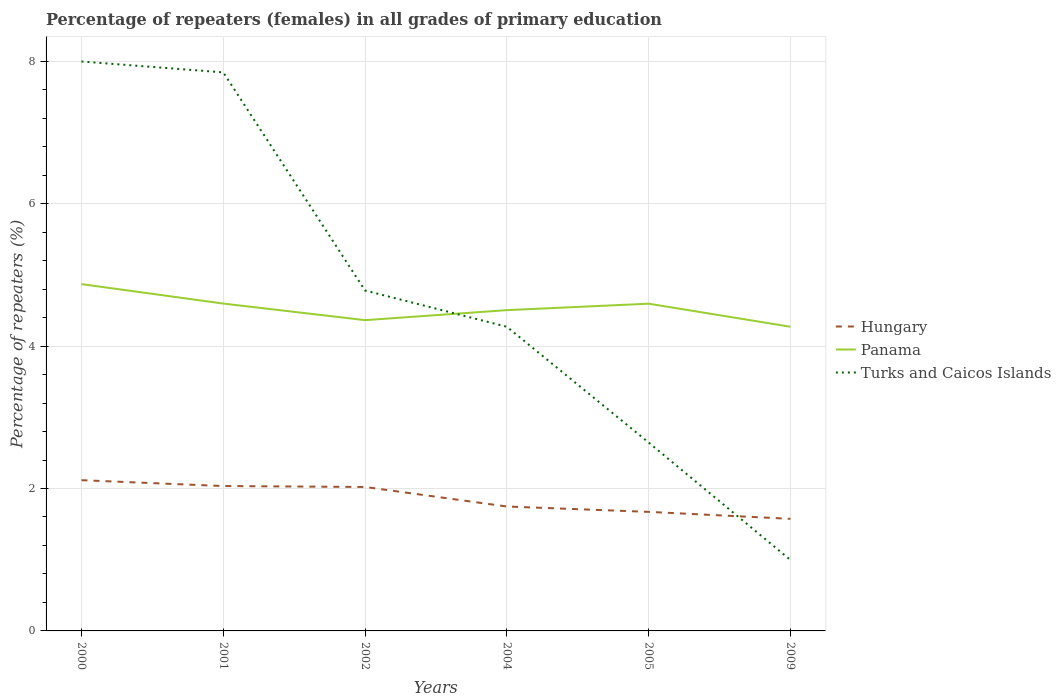
| Years | Hungary | Panama | Turks and Caicos Islands |
 | --- | --- | --- | --- |
 | 2000 | 2.12 | 4.87 | 8 |
 | 2001 | 2.03 | 4.6 | 7.84 |
 | 2002 | 2.02 | 4.36 | 4.78 |
 | 2004 | 1.75 | 4.5 | 4.27 |
 | 2005 | 1.67 | 4.59 | 2.65 |
 | 2009 | 1.57 | 4.27 | 0.996 |